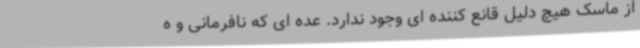
از ماسک هیچ دلیل قانع کننده ای وجود ندارد. عده ای که نافرمانی و ه